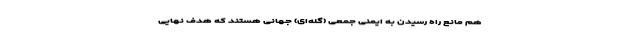
هم مانع راه رسیدن به ایمنی جمعی (گله‌ای) جهانی هستند که هدف نهایی